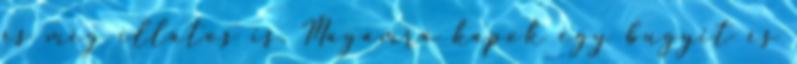
és még illatos is. Magamra kapok egy bugyit és